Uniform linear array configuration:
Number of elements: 8
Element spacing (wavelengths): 0.5
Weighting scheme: cosine
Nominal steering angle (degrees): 60
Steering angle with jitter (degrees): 60.495
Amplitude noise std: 0.05
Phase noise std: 0.05

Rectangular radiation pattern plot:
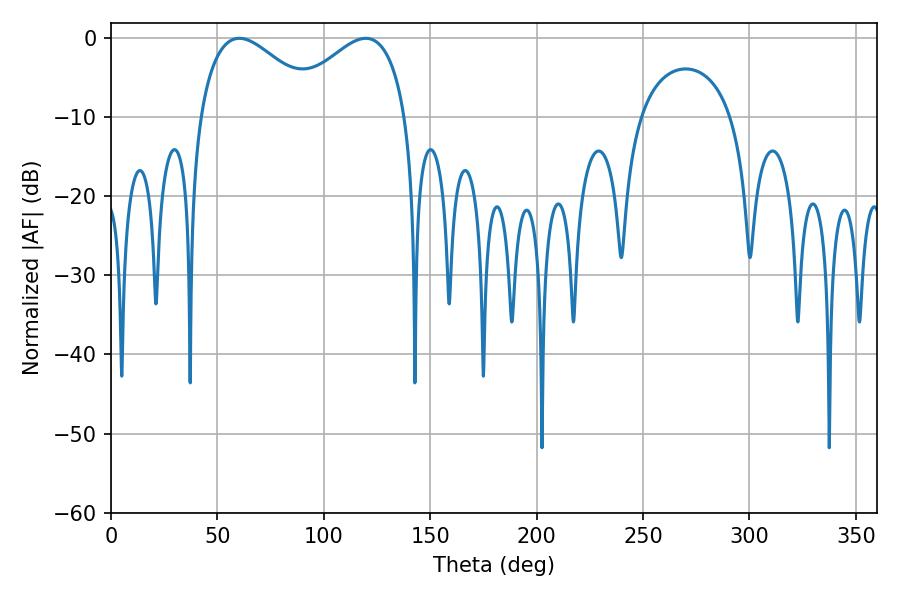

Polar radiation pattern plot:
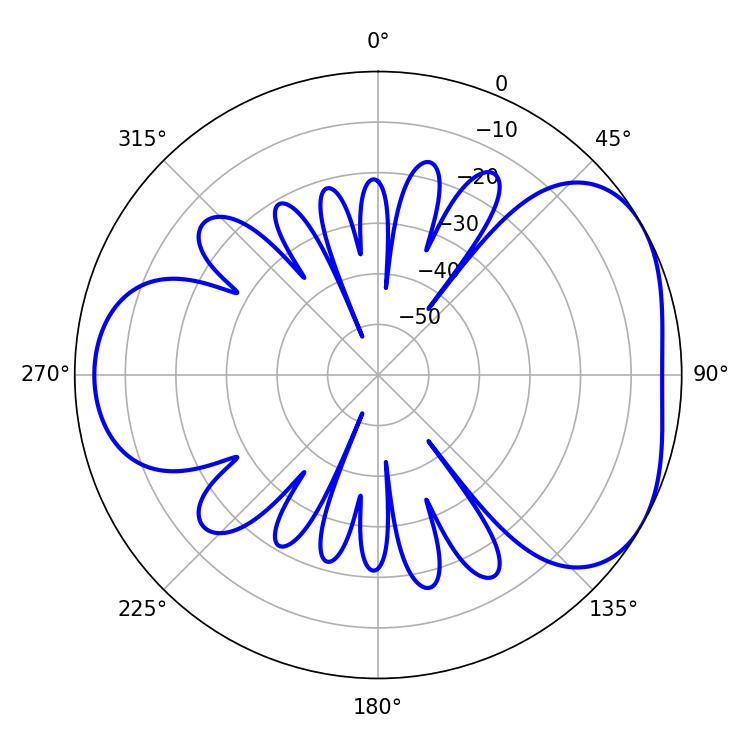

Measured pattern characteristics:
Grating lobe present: FALSE
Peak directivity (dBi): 4.3
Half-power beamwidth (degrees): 31.32
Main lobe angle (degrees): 60.3